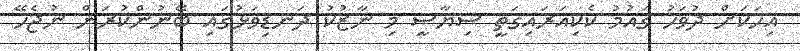
އިހަކަށް ދުވަހު ގައުމު ކެކިއަރައިގަތީ ސިޔާސީ މި ނާޒުކު ދަނޑިވަޅުގައި ބޭނުންކުރަން ނުޖެހޭ